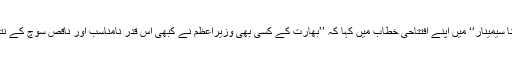
راہل گاندھی نے نئی دہلی میں منعقدہ ایک روزہ ’’جن ویدنا سیمینار‘‘ میں اپنے افتتاحی خطاب میں کہا کہ ’’بھارت کے کسی بھی وزیراعظم نے کبھی اس قدر نامناسب اور ناقص سوچ کے نتیجے میں سامنے آنے والے فیصلہ پر عمل نہیں کیا ہے‘‘۔